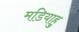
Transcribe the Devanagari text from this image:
मडियाहु